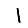
Digit: 1